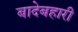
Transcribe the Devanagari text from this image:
बादेबहारी